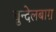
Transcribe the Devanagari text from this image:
बुन्देलबाग़